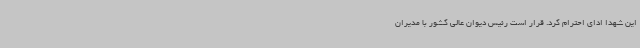
این شهدا ادای احترام کرد. قرار است رئیس دیوان عالی کشور با مدیران